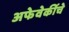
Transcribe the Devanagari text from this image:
अफेवेर्कीचे